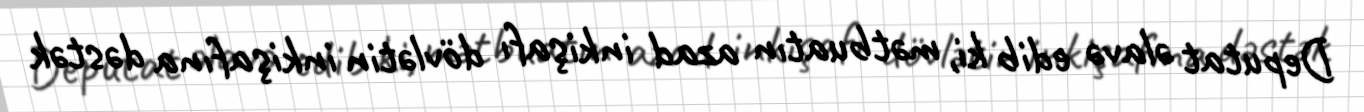
Deputat əlavə edib ki, mətbuatın azad inkişafı dövlətin inkişafına dəstək